Problem: 19 + 15 = ?
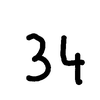
Handwritten answer: 34